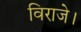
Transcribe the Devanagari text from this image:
विराजे।